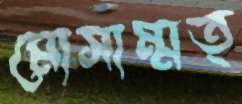
মোসাম্মত্